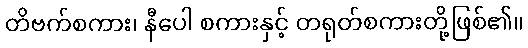
တိဗက်စကား၊ နီပေါ စကားနှင့် တရုတ်စကားတို့ဖြစ်၏။